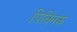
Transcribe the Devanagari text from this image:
पिक्निक